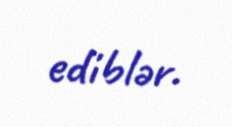
ediblər.